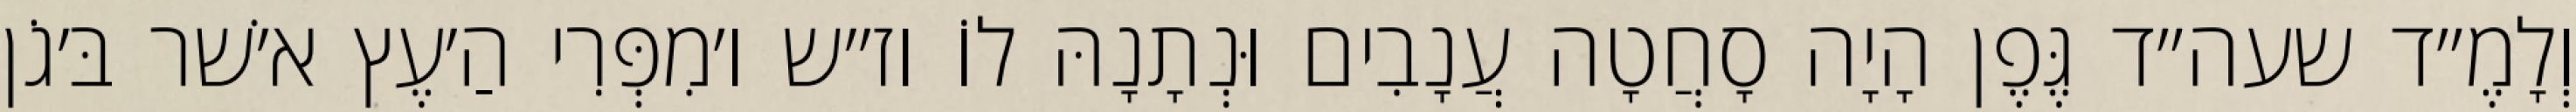
וְלָמֶ״ד שעה״ד גֶּפֶן הָיָה סָחֲטָה עֲנָבִים וּנְתָנָהּ לוֹ וז״ש ו׳מִפְּרִי הַ׳עֶץ א׳שׁר בּ׳גֹן